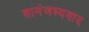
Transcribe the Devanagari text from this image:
सामंजस्यवाद